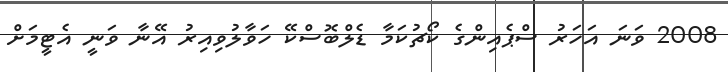
2008 ވަނަ އަހަރު ސްޕެއިންގެ ކޯޗުކަމާ ޑެލްބޮސްކޭ ހަވާލުވިއިރު އޭނާ ވަނީ އެޓީމަށް